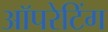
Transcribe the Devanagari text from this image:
अॉपरेटिंग